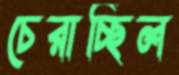
চেরাচ্ছিল